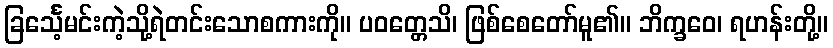
ခြင်္သေ့မင်းကဲ့သို့ရဲတင်းသောစကားကို။ ပဝတ္တေသိ၊ ဖြစ်စေတော်မူ၏။ ဘိက္ခဝေ၊ ရဟန်းတို့။